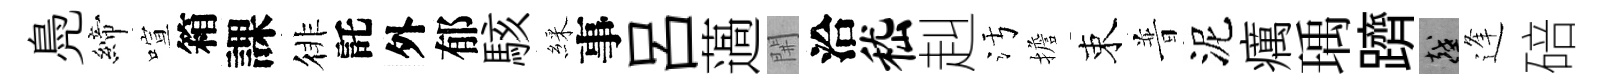
鳧締喧箱課徘託外郁駭綵事吕薖𨳩洽嵇赳污擔束普泥癘瑀躋越逢碚